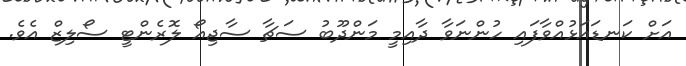
އަށް ކަނޑައަޅުއްވާފައި ހުންނަވާ ދާއިމީ މަންދޫބު ސަޗާ ސާޖިއޯ ލޮރެންޓީ ސޯލިޒް އެވެ.